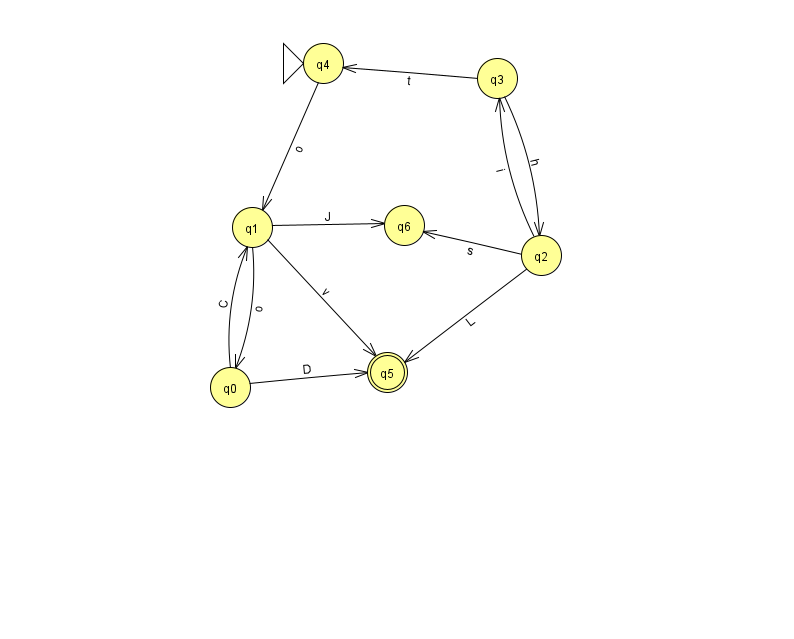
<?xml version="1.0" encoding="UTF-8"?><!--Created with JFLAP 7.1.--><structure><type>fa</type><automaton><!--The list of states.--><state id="0" name="q0"><x>230.0</x><y>374.0</y></state><state id="1" name="q1"><x>252.0</x><y>214.0</y></state><state id="2" name="q2"><x>541.0</x><y>242.0</y></state><state id="3" name="q3"><x>497.0</x><y>65.0</y></state><state id="4" name="q4"><x>323.0</x><y>50.0</y><initial/></state><state id="5" name="q5"><x>387.0</x><y>359.0</y><final/></state><state id="6" name="q6"><x>404.0</x><y>212.0</y></state><!--The list of transitions.--><transition><from>1</from><to>5</to><read>v</read></transition><transition><from>1</from><to>6</to><read>J</read></transition><transition><from>3</from><to>4</to><read>t</read></transition><transition><from>4</from><to>1</to><read>o</read></transition><transition><from>1</from><to>0</to><read>o</read></transition><transition><from>3</from><to>2</to><read>h</read></transition><transition><from>2</from><to>3</to><read>i</read></transition><transition><from>0</from><to>5</to><read>D</read></transition><transition><from>0</from><to>1</to><read>C</read></transition><transition><from>2</from><to>5</to><read>L</read></transition><transition><from>2</from><to>6</to><read>s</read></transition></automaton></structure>